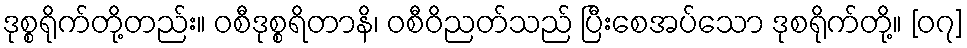
ဒုစ္စရိုက်တို့တည်း။ ဝစီဒုစ္စရိတာနိ၊ ဝစီဝိညတ်သည် ပြီးစေအပ်သော ဒုစရိုက်တို့။ [၀၇]